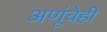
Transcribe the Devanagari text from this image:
अणूंचेही